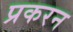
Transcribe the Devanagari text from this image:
प्रकरन